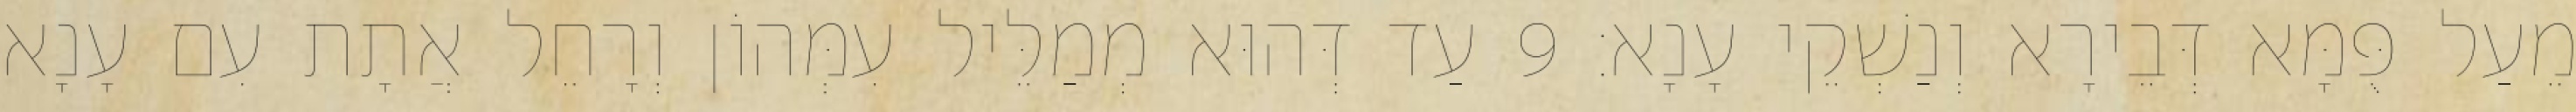
מֵעַל פֻּמָּא דְּבֵירָא וְנַשְׁקֵי עָנָא׃ 9 עַד דְּהוּא מְמַלֵּיל עִמְּהוֹן וְרָחֵל אֲתָת עִם עָנָא